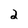
Character: 2